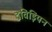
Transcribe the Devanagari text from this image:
द्रविड़ियन